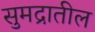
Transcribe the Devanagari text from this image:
सुमद्रातील